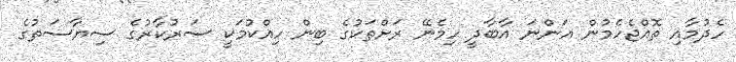
ހެދުމާއި ތޮއްޖެހެމުން އަންނަ އާބާދީ ހިމެނޭ ރަށްތަކުގެ ބިން ހިއްކުމަކީ ސަރުކާރުގެ ސިޔާސަތުގެ